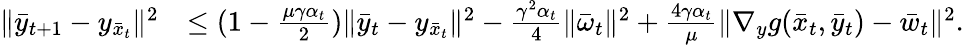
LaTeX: \begin{array}{rl}{\| \bar{y}_{t+1}-y_{\bar{x}_{t}}\| ^{2}}&{\leq(1-\frac{\mu\gamma\alpha_{t}}{2})\| \bar{y}_{t}-y_{\bar{x}_{t}}\| ^{2}-\frac{\gamma^{2}\alpha_{t}}{4}\| \bar{\omega}_{t}\| ^{2}+\frac{4\gamma\alpha_{t}}{\mu}\| \nabla_{y}g(\bar{x}_{t},\bar{y}_{t})-\bar{w}_{t}\| ^{2}.}\end{array}